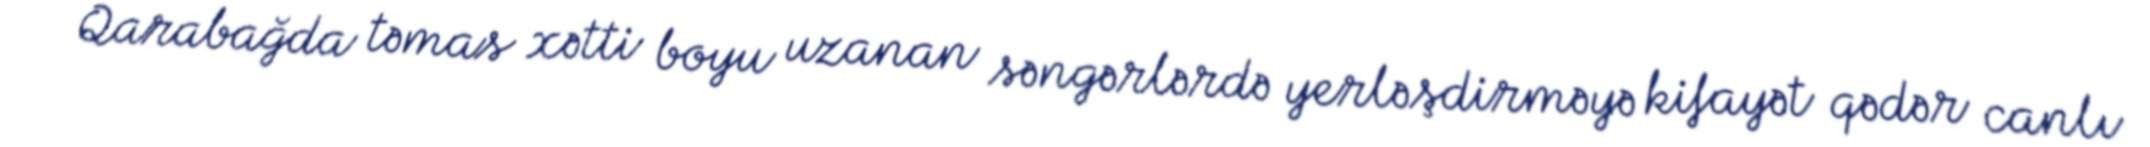
Qarabağda təmas xətti boyu uzanan səngərlərdə yerləşdirməyə kifayət qədər canlı